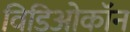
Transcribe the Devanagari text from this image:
विडिओकॉन